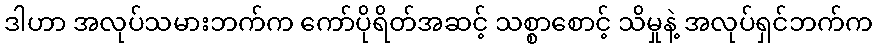
ဒါဟာ အလုပ်သမားဘက်က ကော်ပိုရိတ်အဆင့် သစ္စာစောင့် သိမှုနဲ့ အလုပ်ရှင်ဘက်က